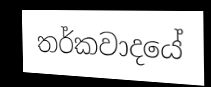
තර්කවාදයේ